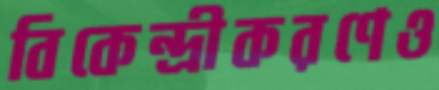
বিকেন্দ্রীকরণেও